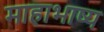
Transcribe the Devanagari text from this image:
माहाभाष्य